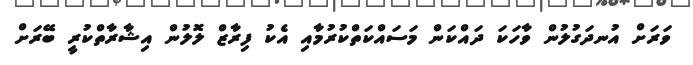
ވަރަށް އުނދަގުލުން ވާހަކަ ދައްކަން މަސައްކަތްކުރުމާއި އެކު ފިރާޒް ލޮލުން އިޝާރާތްކުރީ ބޭރަށް